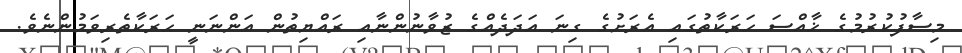
މިސާފުކުރުމުގެ ޚާއްސަ ހަރަކާތުގައި އެރަށުގެ ގިނަ އަދަދެއްގެ ޒުވާނުންނާއި ރައްޔިތުން އަންނަނީ ޙަރަކާތެރިވަމުންނެވެ.